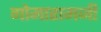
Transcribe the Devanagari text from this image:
गोमारामजी